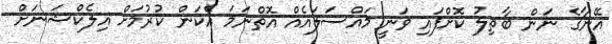
އޭނާގެ ނަން ބާތިލު ކޮށްފައި ވަނީ މައްސަލައެއް އޮތްނަމަ އެކަން ކުރުމަށް އިލެކްޝަނަށް